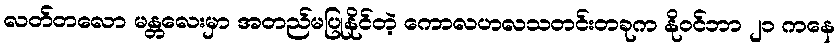
လတ်တလော မန္တလေးမှာ အတည်မပြုနိုင်တဲ့ ကောလဟလသတင်းတခုက နိုဝင်ဘာ ၂၁ ကနေ